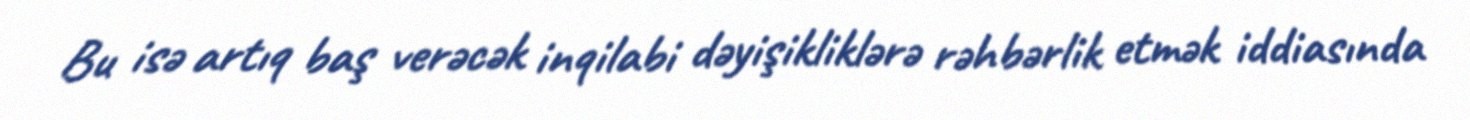
Bu isə artıq baş verəcək inqilabi dəyişikliklərə rəhbərlik etmək iddiasında